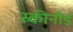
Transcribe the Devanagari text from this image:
स्कीनीर्ड